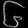
Digit: ၆